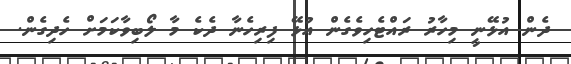
ދެން އުޅޭނީ މިހާރު ރައްޓެހިވެގެން އުޅޭ ފިރިހެނާ ދެކެ މާ ލޯބިވާކަމަށް ހެދިގެން.